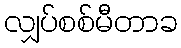
လျှပ်စစ်မီတာခ